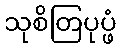
သုစိတြပုပ္ဖံ